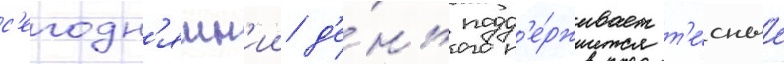
с'егодн'яшн'ии д'е́нь подд'е́рживает т'е́сные